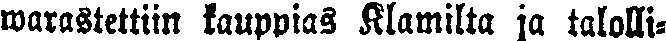
warastettiin kauppias Klamilta ja talolli-